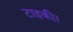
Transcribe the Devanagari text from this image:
टाइकी।